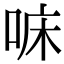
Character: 𠳹